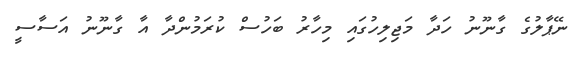
ނޭޕާލުގެ ގާނޫނު ހަދާ މަޖިލިހުގައި މިހާރު ބަހުސް ކުރަމުންދާ އާ ގާނޫނު އަސާސީ